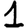
Digit: 1